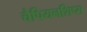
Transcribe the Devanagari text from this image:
चैपियनशिप्स